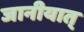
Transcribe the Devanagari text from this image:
जानीयात्